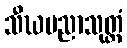
သီဃပညာသုတ္တံ